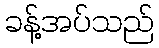
ခန့်အပ်သည်